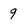
Character: 9